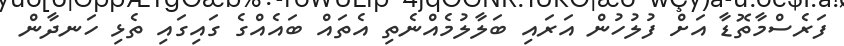
ފަރެސްމާތޮޑާ އަށް ފުލުހުން އަރައި ބަލާލުމެއްނެތި އެތައް ބައެއްގެ ގައިގައި ތެޅި ހަނދާން